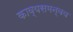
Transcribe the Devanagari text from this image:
काव्यसमन्वय